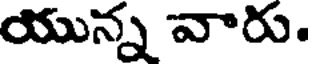
యున్న వారు.